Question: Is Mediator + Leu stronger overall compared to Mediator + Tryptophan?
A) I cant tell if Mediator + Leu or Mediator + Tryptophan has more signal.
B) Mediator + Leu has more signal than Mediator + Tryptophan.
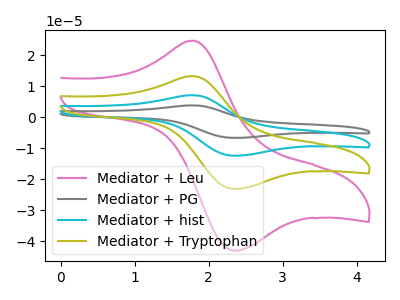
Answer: <think>The pink curve "Mediator + Leu" has an anodic peak at (1.80V, 24.70uA) and a cathodic peak at (2.40V, -43.05uA). The gray curve "Mediator + PG" has an anodic peak at (1.80V, 39.80uA) and a cathodic peak at (2.40V, -69.30uA). The cyan curve "Mediator + hist" has an anodic peak at (1.80V, 26.55uA) and a cathodic peak at (2.40V, -46.20uA). The olive curve "Mediator + Tryptophan" has an anodic peak at (1.80V, 13.25uA) and a cathodic peak at (2.40V, -23.10uA).
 All the peaks in "Mediator + Leu" have a peak in "Mediator + Tryptophan" at the same potential. Every peak in "Mediator + Leu" is higher than every peak in "Mediator + Tryptophan".</think>
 <answer>B) "Mediator + Leu" has more signal than "Mediator + Tryptophan".</answer>
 <eval>B</eval>